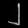
Digit: ၂